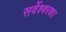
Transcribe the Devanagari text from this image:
सर्वेश्वरका